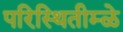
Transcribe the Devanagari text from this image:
परिस्थितीम्ळे